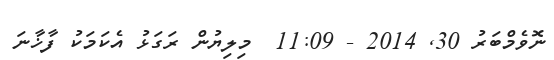
ނޮވެމްބަރު 30